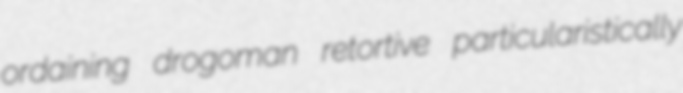
ordaining drogoman retortive particularistically